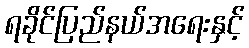
ရခိုင်ပြည်နယ်အရေးနှင့်